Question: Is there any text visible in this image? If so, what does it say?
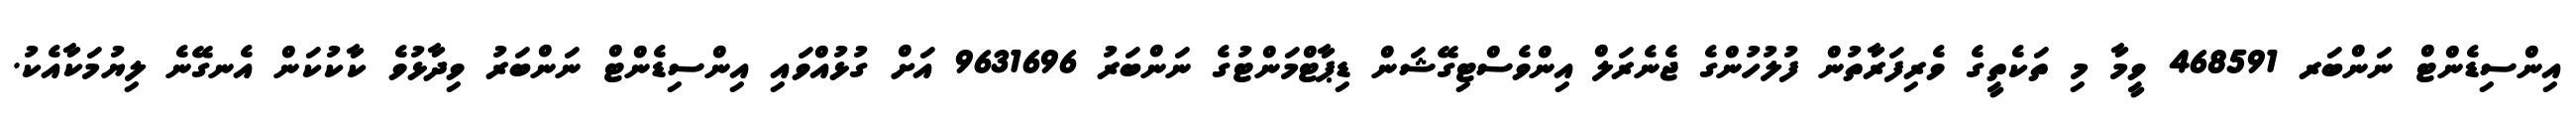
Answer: އިންސިޑެންޓް ނަންބަރ 468591 ވީމާ މި ތަކެތީގެ ވެރިފަރާތުން ފުލުހުންގެ ޖެނެރަލް އިންވެސްޓިގޭޝަން ޑިޕާޓްމަންޓުގެ ނަންބަރު 9631696 އަށް ގުޅުއްވައި އިންސިޑެންޓް ނަންބަރު ވިދާޅުވެ ކާކުކަން އެނގޭނެ ލިޔުމަކާއެކު.